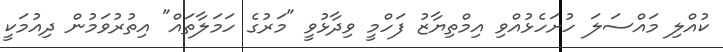
ކުއްލި މައްސަލަ ހުށަހެޅުއްވި އިމްތިޔާޒު ފަހްމީ ވިދާޅުވީ "މަރުގެ ހަމަލާތައް" އިތުރުވަމުން ދިއުމަކީ